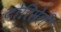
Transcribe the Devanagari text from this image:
टोरिसेली